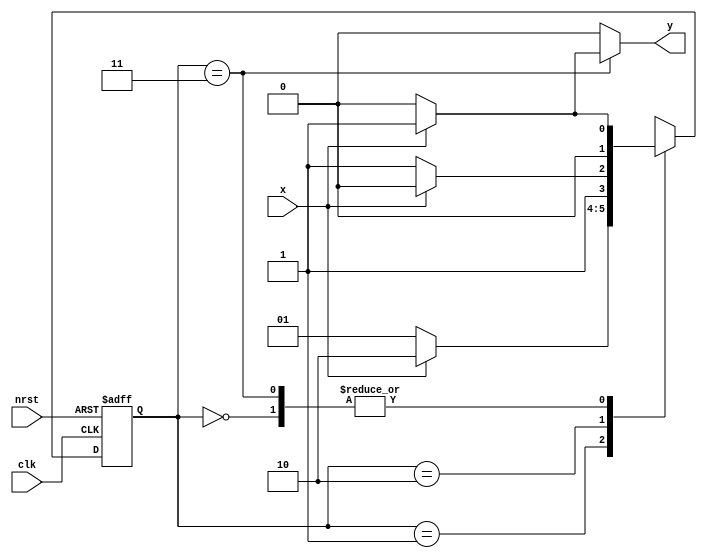
module mealy_detector(
 input clk, nrst,
 input x,
 output y
 );
 
 //states encoding
 
 localparam [1:0] s0 = 3'b00,
                  s1 = 3'b01,
                  s2 = 3'b10,
                  s3 = 3'b11;
                 
 // next and current state signals
  reg [1:0] state, next_state;
 
 // state register
 always@(posedge clk, negedge nrst)
  begin
   if(!nrst)
    state <= s0;
   else
    state <= next_state; 
  end


//next state and output
always @(*)
 begin
  next_state = state;
  case(state)
   s0 :begin
        if(~x)
         next_state = s0;
        else
         next_state = s1; 
       end
   s1 :begin
            if(~x)
             next_state = s1;
            else
             next_state = s2; 
           end
   s2 :begin
           if(~x)
              next_state = s3;
            else
              next_state = s2; 
         end
   s3 :begin
            if(~x)
              next_state = s0;
             else
              next_state = s1; 
         end
             
  endcase
 end
  assign y = (state == s3)? ((x == 1)? 1'b1 : 1'b0) : 1'b0;
endmodule